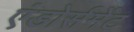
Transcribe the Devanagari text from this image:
एंडोर्समेंट